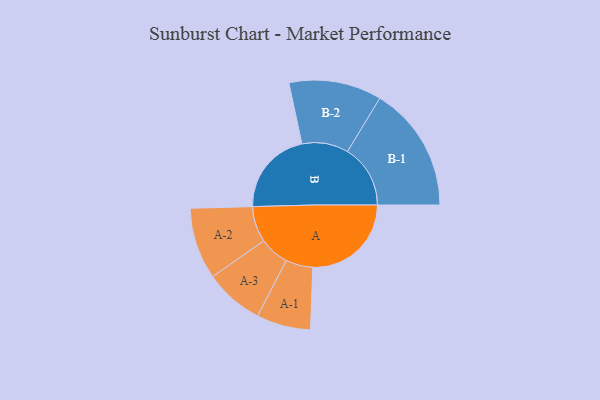
{"axis": {"x": "Segment", "y": "Value"}, "legend": ["", "A", "B"], "data": [{"x": "A", "y": 459, "type": ""}, {"x": "B", "y": 396, "type": ""}, {"x": "A-1", "y": 126, "type": "A"}, {"x": "A-2", "y": 167, "type": "A"}, {"x": "A-3", "y": 138, "type": "A"}, {"x": "B-1", "y": 293, "type": "B"}, {"x": "B-2", "y": 216, "type": "B"}]}